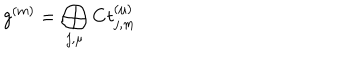
g ^ { ( m ) } = \bigoplus _ { j , \mu } { \bf C } t _ { j , m } ^ { ( \mu ) }